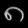
Digit: ၈